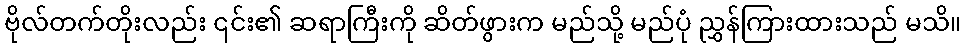
ဗိုလ်တက်တိုးလည်း ၎င်း၏ ဆရာကြီးကို ဆိတ်ဖွားက မည်သို့ မည်ပုံ ညွှန်ကြားထားသည် မသိ။